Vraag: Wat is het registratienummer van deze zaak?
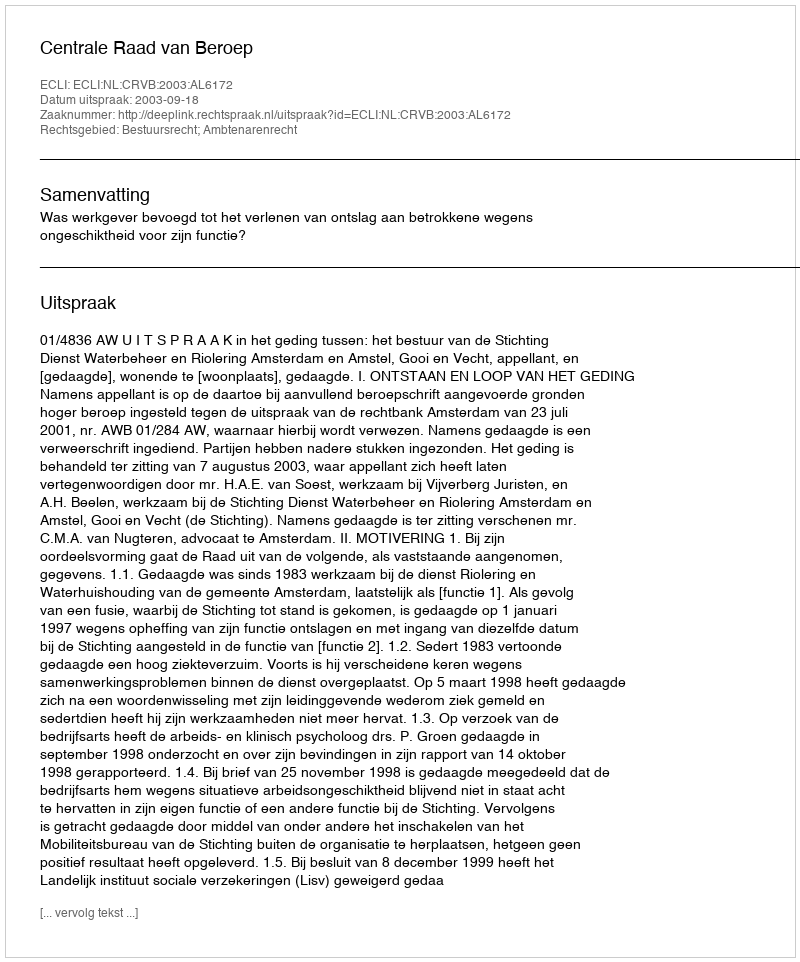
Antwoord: http://deeplink.rechtspraak.nl/uitspraak?id=ECLI:NL:CRVB:2003:AL6172